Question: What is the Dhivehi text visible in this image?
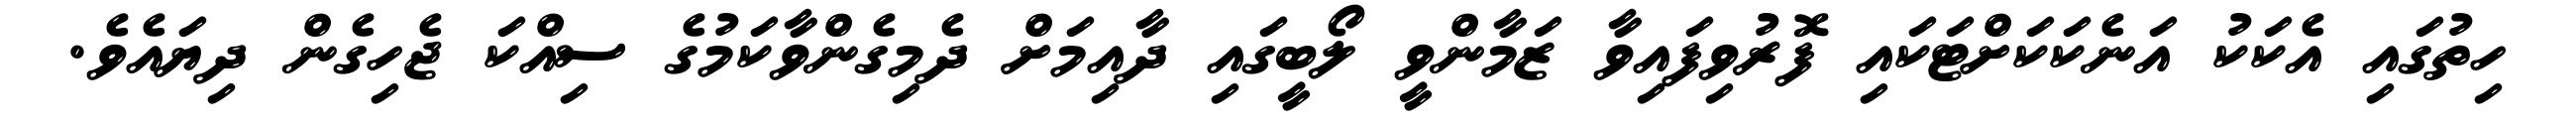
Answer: ހިތުގައި އެކަކު އަނެކަކަށްޓަކައި ފޮރުވިފައިވާ ޒަމާންވީ ލޯބީގައި ދާއިމަށް ދެމިގެންވާކަމުގެ ސިއްކަ ޖެހިގެން ދިޔައެވެ.